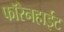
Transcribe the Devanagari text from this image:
फॉरेनहाईट